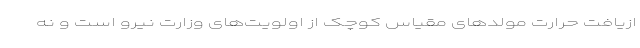
ازیافت حرارت مولد‌های مقیاس کوچک از اولویت‌های وزارت نیرو است و نه